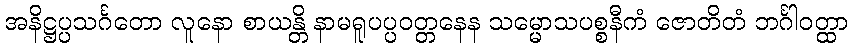
အနိဋ္ဌပ္ပသင်္ဂတော လူနော စာယန္တိ နာမရူပပ္ပဝတ္တနေန သမ္မောသပစ္စနီကံ ဇောတိတံ ဘင်္ဂါဝတ္ထာ